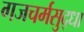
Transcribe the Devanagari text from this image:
गजचर्मसुद्धा